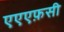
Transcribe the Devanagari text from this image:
एएएफ़सी